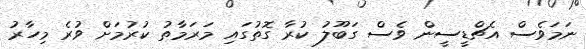
ނަމަވެސް އެޗްޑީސީން ވެސް ގަބޫލު ކުރާ ގޮތުގައި މަރަމާތު ކުރުމަށް ވުރެ މިހާރު